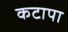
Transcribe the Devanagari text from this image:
कटापा